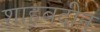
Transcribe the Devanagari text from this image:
शाहबदीन